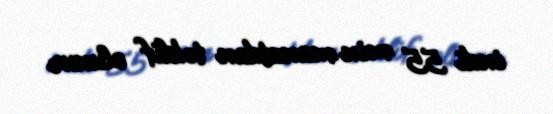
indi 55 min manatdan təklif olunur.